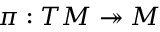
\pi : T M \twoheadrightarrow M